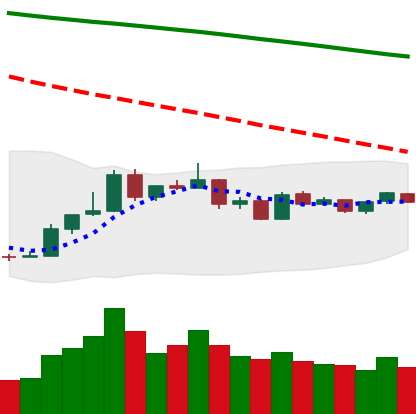
Ticker: BTC-USD
Chart end date: 2019-01-03
Forward return: 5.059%
Label: up_5_7